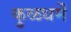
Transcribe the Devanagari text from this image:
कुळधर्में